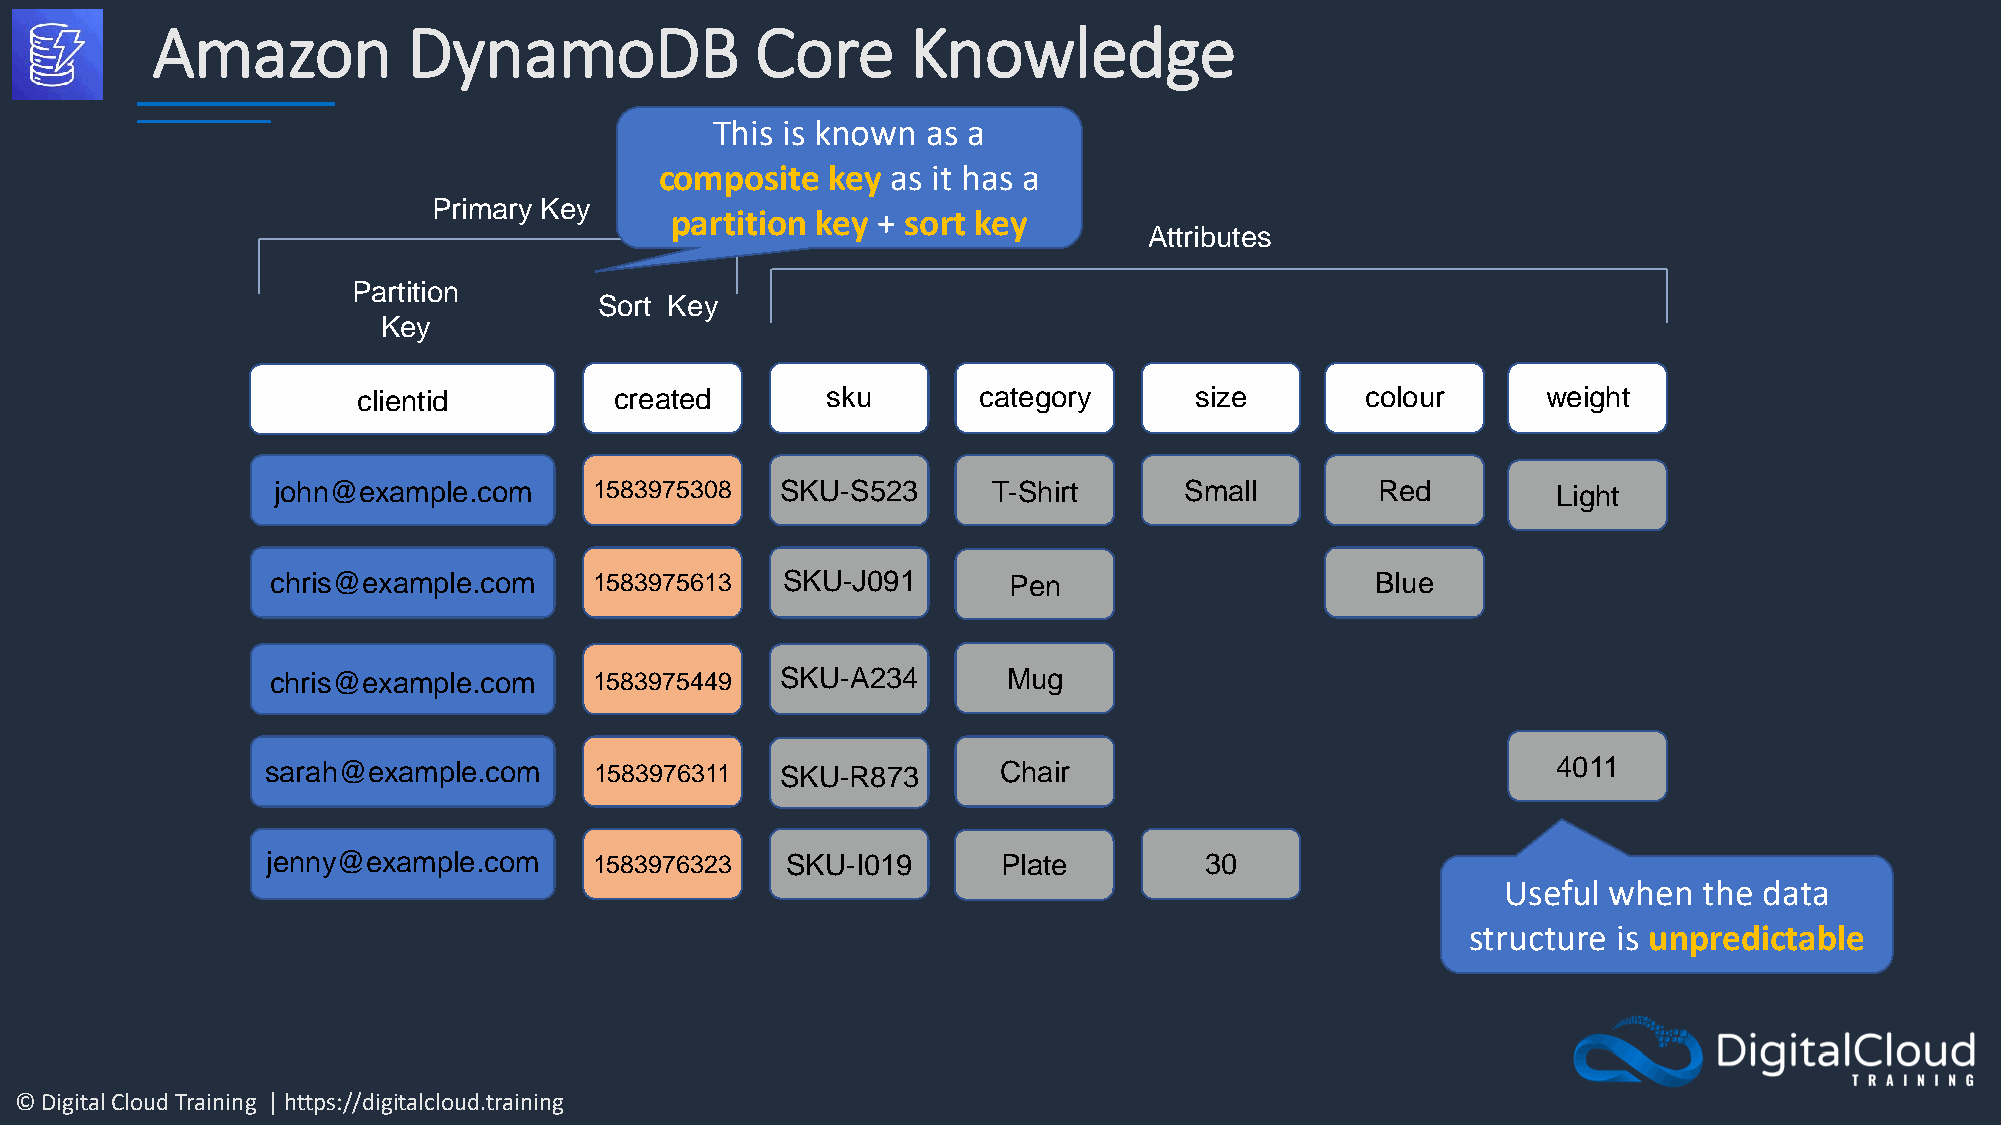
Amazon           DynamoDB               Core      Knowledge
 This is known as a
 composite  key as it has a
 Primary Key
 partition key + sort key
 Attributes
 Partition
 Sort Key
 Key
 clientid         created       sku       category      size       colour      weight
 john@example.com     1583975308   SKU-S523      T-Shirt     Small        Red         Light
 chris@example.com    1583975613   SKU-J091       Pen                     Blue
 chris@example.com    1583975449   SKU-A234       Mug
 sarah@example.com    1583976311   SKU-R873      Chair                                4011
 jenny@example.com    1583976323   SKU-I019      Plate         30
 Useful when  the data
 structure is unpredictable
 © Digital Cloud Training | https://digitalcloud.training